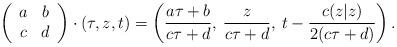
LaTeX: \begin{align*}\left( \begin{array}{cc}a & b\\ c & d\\\end{array}\right) \cdot (\tau, z, t) = \left( \frac{a \tau + b}{c \tau + d},\: \frac{z}{c \tau + d},\: t - \frac{c (z|z)}{2(c \tau + d)}\right) .\end{align*}